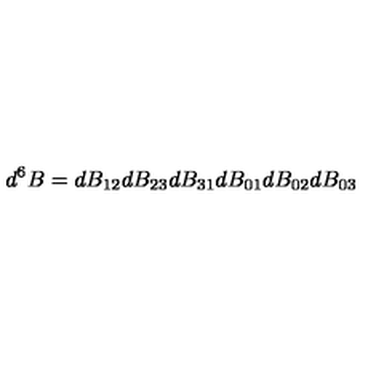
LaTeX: d ^ { 6 } B = d B _ { 1 2 } d B _ { 2 3 } d B _ { 3 1 } d B _ { 0 1 } d B _ { 0 2 } d B _ { 0 3 }